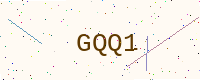
Text: GQQ1